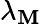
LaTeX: \lambda_{\mathbf{M}}